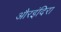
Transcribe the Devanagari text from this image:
औरइंदिरा